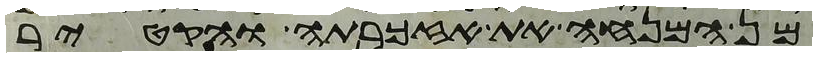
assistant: מן המנחה את אזכרתה והקטיר